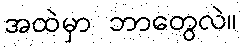
အထဲမှာ ဘာတွေလဲ။